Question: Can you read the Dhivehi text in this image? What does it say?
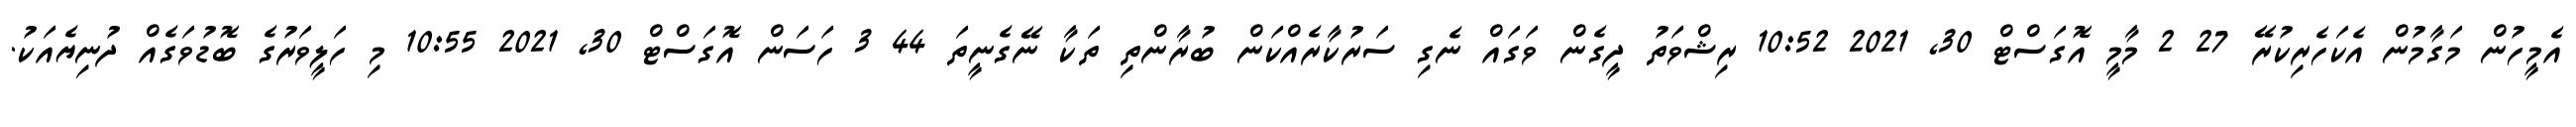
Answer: އެމީހުން މަގާމުން އެކަހެރިކުރޭ 27 2 މާމީ އޮގަސްޓް 30, 2021 10:52 ރިޝްވަތު ދީގެން ވަގައް ނެގި ސަރުކާރެއްކަން ބުރާންތި ތަކާ ނޭގެނީތަ 44 3 ހަސަން އޮގަސްޓް 30, 2021 10:55 މި ހަލީވަރުގެ ބޮޑުވަގެއް ދުނިޔެއަކު.